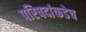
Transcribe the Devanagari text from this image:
परिषदांकडेच